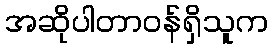
အဆိုပါတာဝန်ရှိသူက